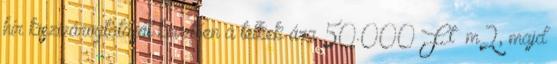
hír kiszivárogtatását követően a telkek ára 50.000 Ft m2, majd